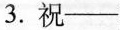
3.祝——